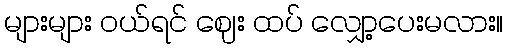
များများ ဝယ်ရင် ဈေး ထပ် လျှော့ပေးမလား။